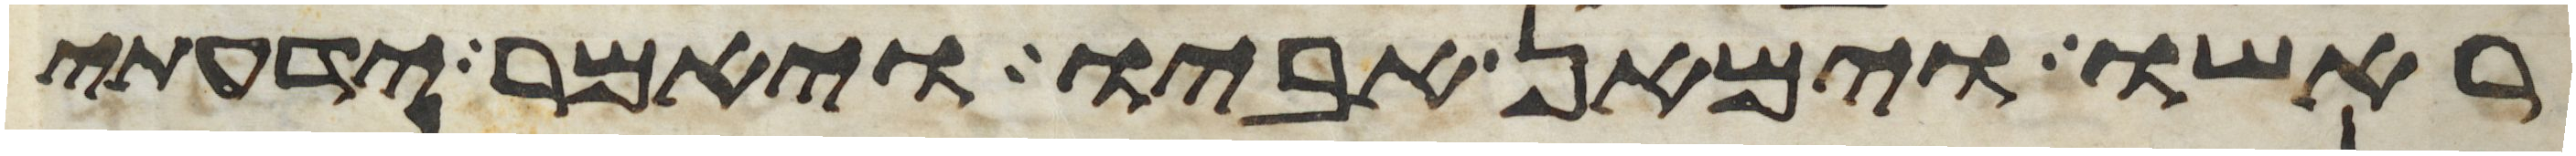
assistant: ראשו וימאן אביו ויאמר ידעתי